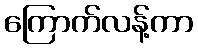
ကြောက်လန့်ကာ